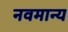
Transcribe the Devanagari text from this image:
नवमान्य